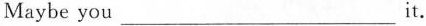
Maybe you___it.